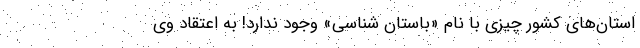
استان‌های کشور چیزی با نام «باستان شناسی» وجود ندارد! به اعتقاد وی